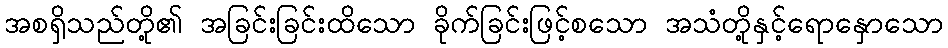
အစရှိသည်တို့၏ အခြင်းခြင်းထိသော ခိုက်ခြင်းဖြင့်စသော အသံတို့နှင့်ရောနှောသော